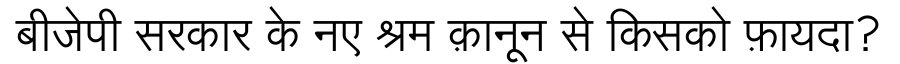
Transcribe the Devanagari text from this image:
बीजेपी सरकार के नए श्रम क़ानून से किसको फ़ायदा?